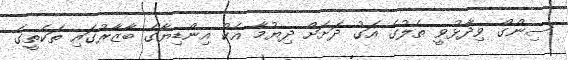
ސިންގް ވިދާޅުވީ ތެލުގެ އަގު ދަށަށް ދިޔުމާ އެކު އިންޑިޔާގެ ބާޒާރުގައި ތަކެތީގެ